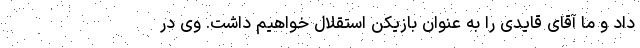
داد و ما آقای قایدی را به عنوان بازیکن استقلال خواهیم داشت. وی در